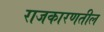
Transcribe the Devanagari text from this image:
राजकारणतील